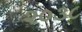
૨૦૩૮